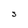
Character: S